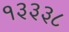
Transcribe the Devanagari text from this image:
१३३३८